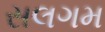
સલગમ